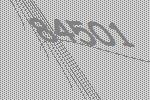
84501